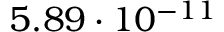
5 . 8 9 \cdot 1 0 ^ { - 1 1 }